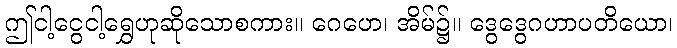
ဤငါ့ငွေငါ့ရွှေဟုဆိုသောစကား။ ဂေဟေ၊ အိမ်၌။ ဒွေဒွေဂဟာပတိယော၊